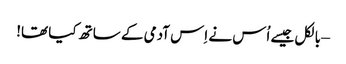
– بالکل جیسے اُس نے اِس آدمی کے ساتھ کیا تھا!